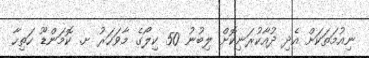
ނިއުމަތަކަށް އެދި ދުއާކުރަނިކޮށް ލިބުނު 50 ކިލޯގެ މާވަހަރު ށ. ކޮމަންޑޫ ހަތިހާ